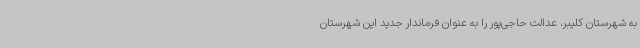
به شهرستان کلیبر، عدالت حاجی‌پور را به عنوان فرماندار جدید این شهرستان